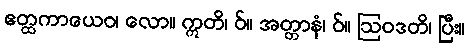
ဧတ္ထကာယေဝ၊ လော။ ဣတိ၊ ဝ်။ အတ္တာနံ၊ ဝ်။ ဩဝဒတိ၊ ပြီး။